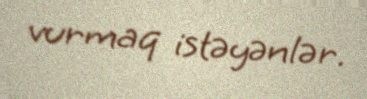
vurmaq istəyənlər.